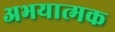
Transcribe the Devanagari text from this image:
अभयात्मक